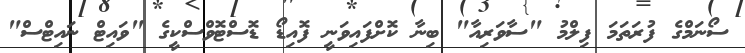
ސޯނަމްގެ ފުރަތަމަ ފިލްމު "ސާވަރިއާ" ބިނާ ކޮށްފައިވަނީ ފޮއިޑޯ ޑޮސްޓޮވްސްކީގެ "ވައިޓް ނައިޓްސް"